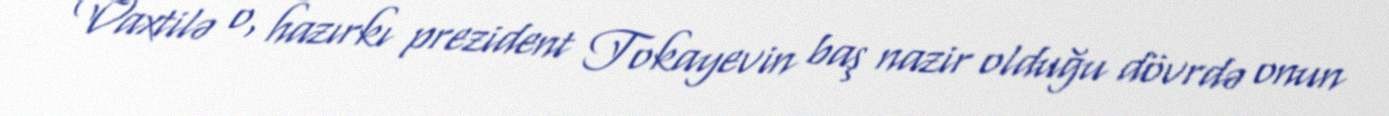
Vaxtilə o, hazırkı prezident Tokayevin baş nazir olduğu dövrdə onun